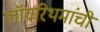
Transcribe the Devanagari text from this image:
लॉगरिथमांची